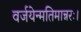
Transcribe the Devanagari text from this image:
वर्जयेन्मतिमान्नरः।